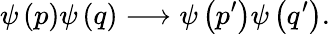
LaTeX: \psi\left(p\right)\psi\left(q\right)\longrightarrow\psi\left(p^{\prime}\right)\psi\left(q^{\prime}\right).